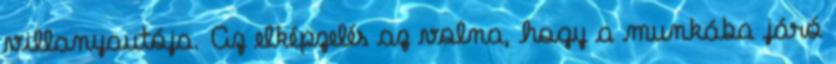
villanyautója. Az elképzelés az volna, hogy a munkába járó